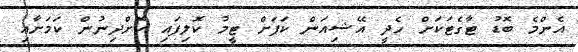
އެންމެ ބޮޑު ޓާގެޓަކަށް ހެދީ އޭޝިއަން ކަޕަށް ޓީމު ކޮލިފައި ކޮށްދިނުން ކަމަށާއި